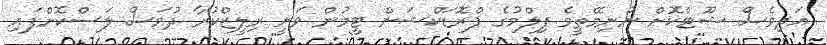
އަދިވެސް ޝޫޓްކޮށް ނުނިމޭތީވެ ފިލްމުގެ ޕްރޮޑަކްޝަން ޓީމުން ވަނީ ރިލީޒްކުރާ ދުވަސް ލަސްކޮށްފައި